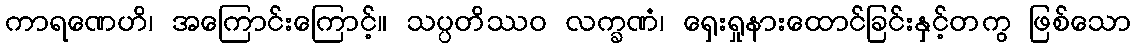
ကာရဏေဟိ၊ အကြောင်းကြောင့်။ သပ္ပတိဿဝ လက္ခဏံ၊ ရှေးရှုနားထောင်ခြင်းနှင့်တကွ ဖြစ်သော